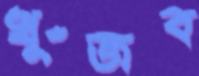
খুঁজব